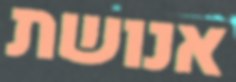
אנושת